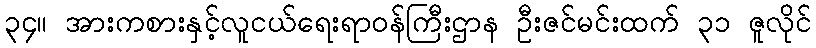
၃၄။ အားကစားနှင့်လူငယ်ရေးရာဝန်ကြီးဌာန ဦးဇင်မင်းထက် ၃၁ ဇူလိုင်